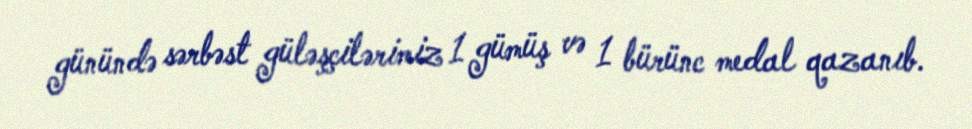
günündə sərbəst güləşçilərimiz 1 gümüş və 1 bürünc medal qazanıb.